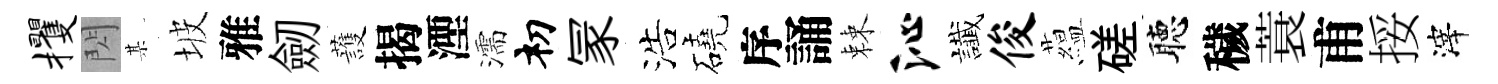
攫閃某坡雅劒䕶揭湮濡𥘉冡浩磽序誦棘沁䜟俊藴磋聴穢蓑甫挼滓